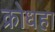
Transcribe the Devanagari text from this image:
क्रोधहा